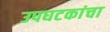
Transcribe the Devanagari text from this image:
उपघटकांचा